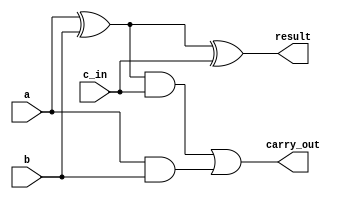
`timescale 1ns / 1ps
//////////////////////////////////////////////////////////////////////////////////
// Company: 
// Engineer: 
// 
// Design Name: 
// Module Name:    adder1Bit_Verilog 
// Project Name: 
// Target Devices: 
// Tool versions: 
// Description: 
//
// Dependencies: 
//
// Revision: 
// Revision 0.01 - File Created
// Additional Comments: 
//
//////////////////////////////////////////////////////////////////////////////////
module adder1Bit_Verilog(a,b,c_in,carry_out,result);
    input a,b,c_in;
    output carry_out, result;
    wire t1,t2,t3; 
	 xor xor1 (t1,a,b); //t1 = first xor gate, a XOR b
	 xor xor2 (result,t1,c_in);	//result = result of second xor gate, t1 XOR c_in
	 and and1 (t2,t1,c_in);	//t2 = and gates determining the carries, t1 AND c_in
	 and and2 (t3,a,b);
	 or or1 (carry_out,t2,t3);	//determine the carry out

endmodule
module adder2Bit_Verilog(a1,a0,b1,b0,carry_in,carry_out,sum1,sum0);
	input a1, a0, b1, b0, carry_in;
	output carry_out, sum1, sum0;
	wire carryBetweenAdder;

	adder1Bit_Verilog adder0(.a (a0),
	.b (b0),
	.c_in (carry_in),
	.carry_out (carryBetweenAdder),
	.result (sum0)
	);
	
	adder1Bit_Verilog adder1(.a (a1),
	.b (b1),
	.c_in (carryBetweenAdder),
	.carry_out (carry_out),
	.result (sum1)
	);

endmodule